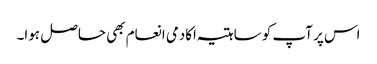
اس پر آپ کو ساہتیہ اکادمی انعام بھی حاصل ہوا۔